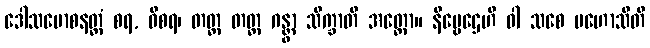
ဒေါသမောစနတ္ထံ စရ, ဝိစရ၊ တတ္ထ တတ္ထ ဂန္တွာ သိက္ခာတိ အတ္ထော။ နိဗ္ဗေဌေဟိ ဝါ သစေ ပဟောသီတိ